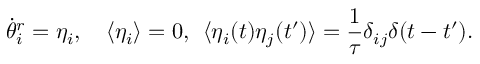
\dot { \theta } _ { i } ^ { r } = \eta _ { i } , \quad \langle \eta _ { i } \rangle = 0 , \: \: \langle \eta _ { i } ( t ) \eta _ { j } ( t ^ { \prime } ) \rangle = \frac { 1 } { \tau } \delta _ { i j } \delta ( t - t ^ { \prime } ) .